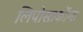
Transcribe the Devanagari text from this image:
लिपोसार्कोमा